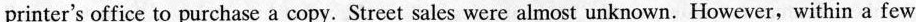
printer's office to purchase a copy. Street sales were almost unknown. However, within a few